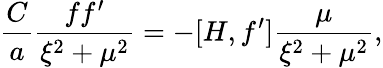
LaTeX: \frac{C}{a}\frac{ff^{\prime}}{\xi^{2}+\mu^{2}}=-[H,f^{\prime}]\frac{\mu}{\xi^{2}+\mu^{2}},